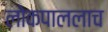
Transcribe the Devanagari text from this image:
लोकपाललाच